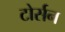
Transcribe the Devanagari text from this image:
टोर्सन